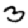
Digit: 3